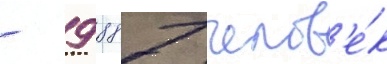
- 9 887 челов'е́к